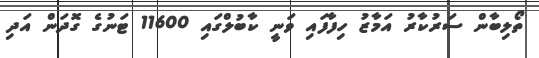
ތޯލިބާން ސަރުކާރު އަމާޒު ހިފާފައި ވަނީ ކާބުލްގައި 11600 ޓަނުގެ ގޮދަން އަދި